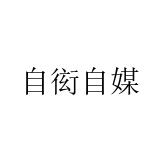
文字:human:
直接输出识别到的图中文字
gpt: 自衒自媒